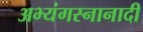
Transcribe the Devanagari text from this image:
अभ्यंगस्नानादी